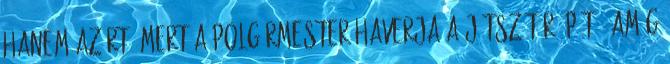
hanem azért, mert a polgármester haverja a játszótér-építő, amíg